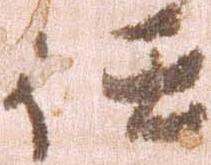
任